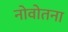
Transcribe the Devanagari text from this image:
नोवोतना